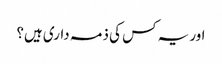
اور یہ کس کی ذمہ داری ہیں؟